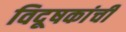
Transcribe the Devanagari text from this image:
विदूषकांची